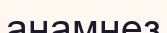
анамнез